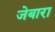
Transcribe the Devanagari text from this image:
जेबारा